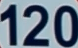
120